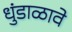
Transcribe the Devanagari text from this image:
धुंडाळावे